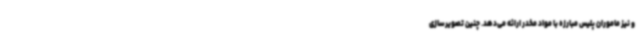
و نیز ماموران پلیس مبارزه با مواد مخدر ارائه می‌دهد. چنین تصویرسازی